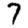
Digit: 7